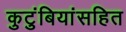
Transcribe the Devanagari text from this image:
कुटुंबियांसहित